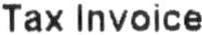
TAX INVOICE